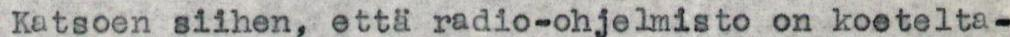
Katsoen siihen, että radio-ohjelmisto on koetelta-